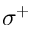
\sigma ^ { + }